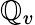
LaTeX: \mathbb{Q}_{v}